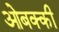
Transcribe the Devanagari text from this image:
ओबक्की